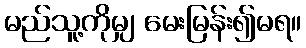
မည်သူ့ကိုမျှ မေးမြန်း၍မရ။